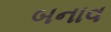
બનાવ